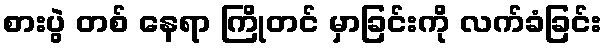
စားပွဲ တစ် နေရာ ကြိုတင် မှာခြင်းကို လက်ခံခြင်း